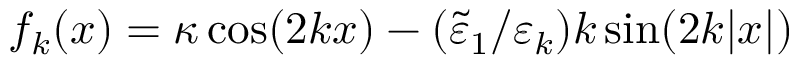
f _ { k } ( x ) = \kappa \cos ( 2 k x ) - ( \tilde { \varepsilon } _ { 1 } / \varepsilon _ { k } ) k \sin ( 2 k | x | )